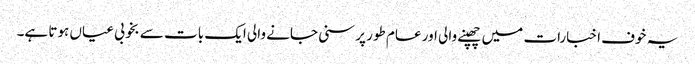
یہ خوف اخبارات میں چھپنے والی اور عام طور پر سنی جانے والی ایک بات سے بخوبی عیاں ہوتا ہے۔